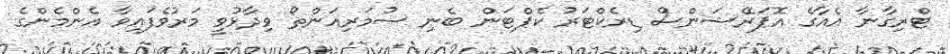
ޓްރިގާނާ އެއާގެ އޮޕަރޭޝަންސް ޑިރެކްޓަރު ކެޕްޓަން ބެނި ސުމަރިއަންތޯ ވިދާޅުވީ މަރުވެފައިވާ އެންމެންގެ